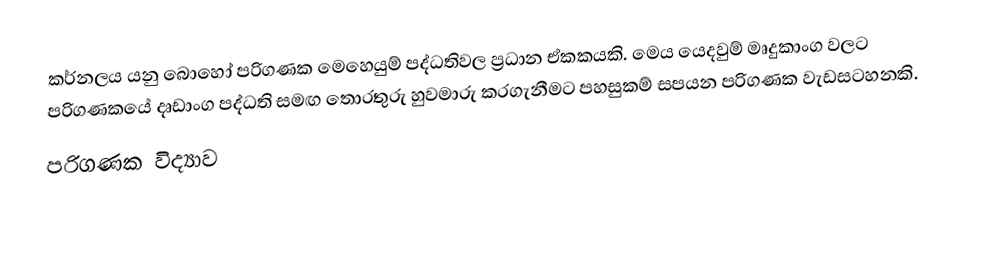
කර්නලය යනු බොහෝ පරිගණක මෙහෙයුම් පද්ධතිවල ප්‍රධාන ඒකකයකි. මෙය යෙදවුම් මෘදුකාංග වලට පරිගණකයේ දෘඩාංග පද්ධති සමඟ තොරතුරු හුවමාරු කරගැනීමට පහසුකම් සපයන පරිගණක වැඩසටහනකි.
පරිගණක විද්‍යාව